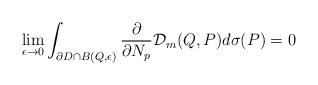
LaTeX: \begin{align*}\lim_{\epsilon\rightarrow 0}\int_{\partial D\cap B(Q, \epsilon)}\frac{\partial}{\partial N_{p}}\mathcal{D}_{m}(Q, P)d\sigma(P)=0\end{align*}